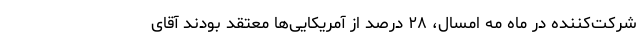
شرکت‌کننده در ماه مه امسال، ۲۸ درصد از آمریکایی‌ها معتقد بودند آقای